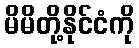
မိမိတို့နိုင်ငံကို